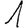
Digit: 1